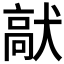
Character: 𩫈